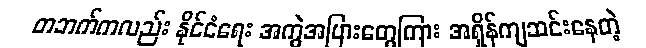
တဘက်ကလည်း နိုင်ငံရေး အကွဲအပြားတွေကြား အရှိန်ကျဆင်းနေတဲ့